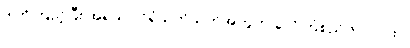
ဒါကိုကြည့်ပြီး အရသာ င်ရုံသက်သက်အတွက် ခုလိုကြံစည်တာလား ။